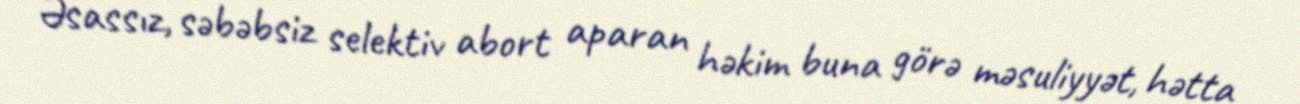
Əsassız, səbəbsiz selektiv abort aparan həkim buna görə məsuliyyət, hətta